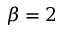
\beta = 2